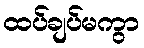
ထပ်ချပ်မကွာ